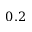
0 . 2